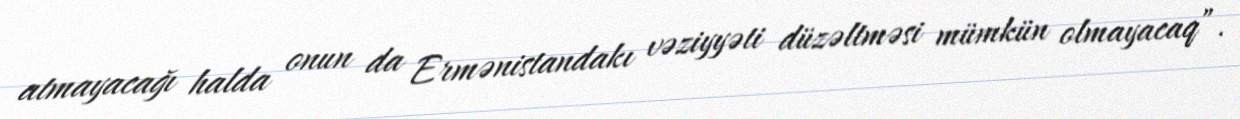
atmayacağı halda onun da Ermənistandakı vəziyyəti düzəltməsi mümkün olmayacaq”.